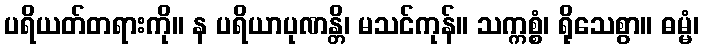
ပရိယတ်တရားကို။ န ပရိယာပုဏန္တိ၊ မသင်ကုန်။ သက္ကစ္စံ၊ ရိုသေစွာ။ ဓမ္မံ၊